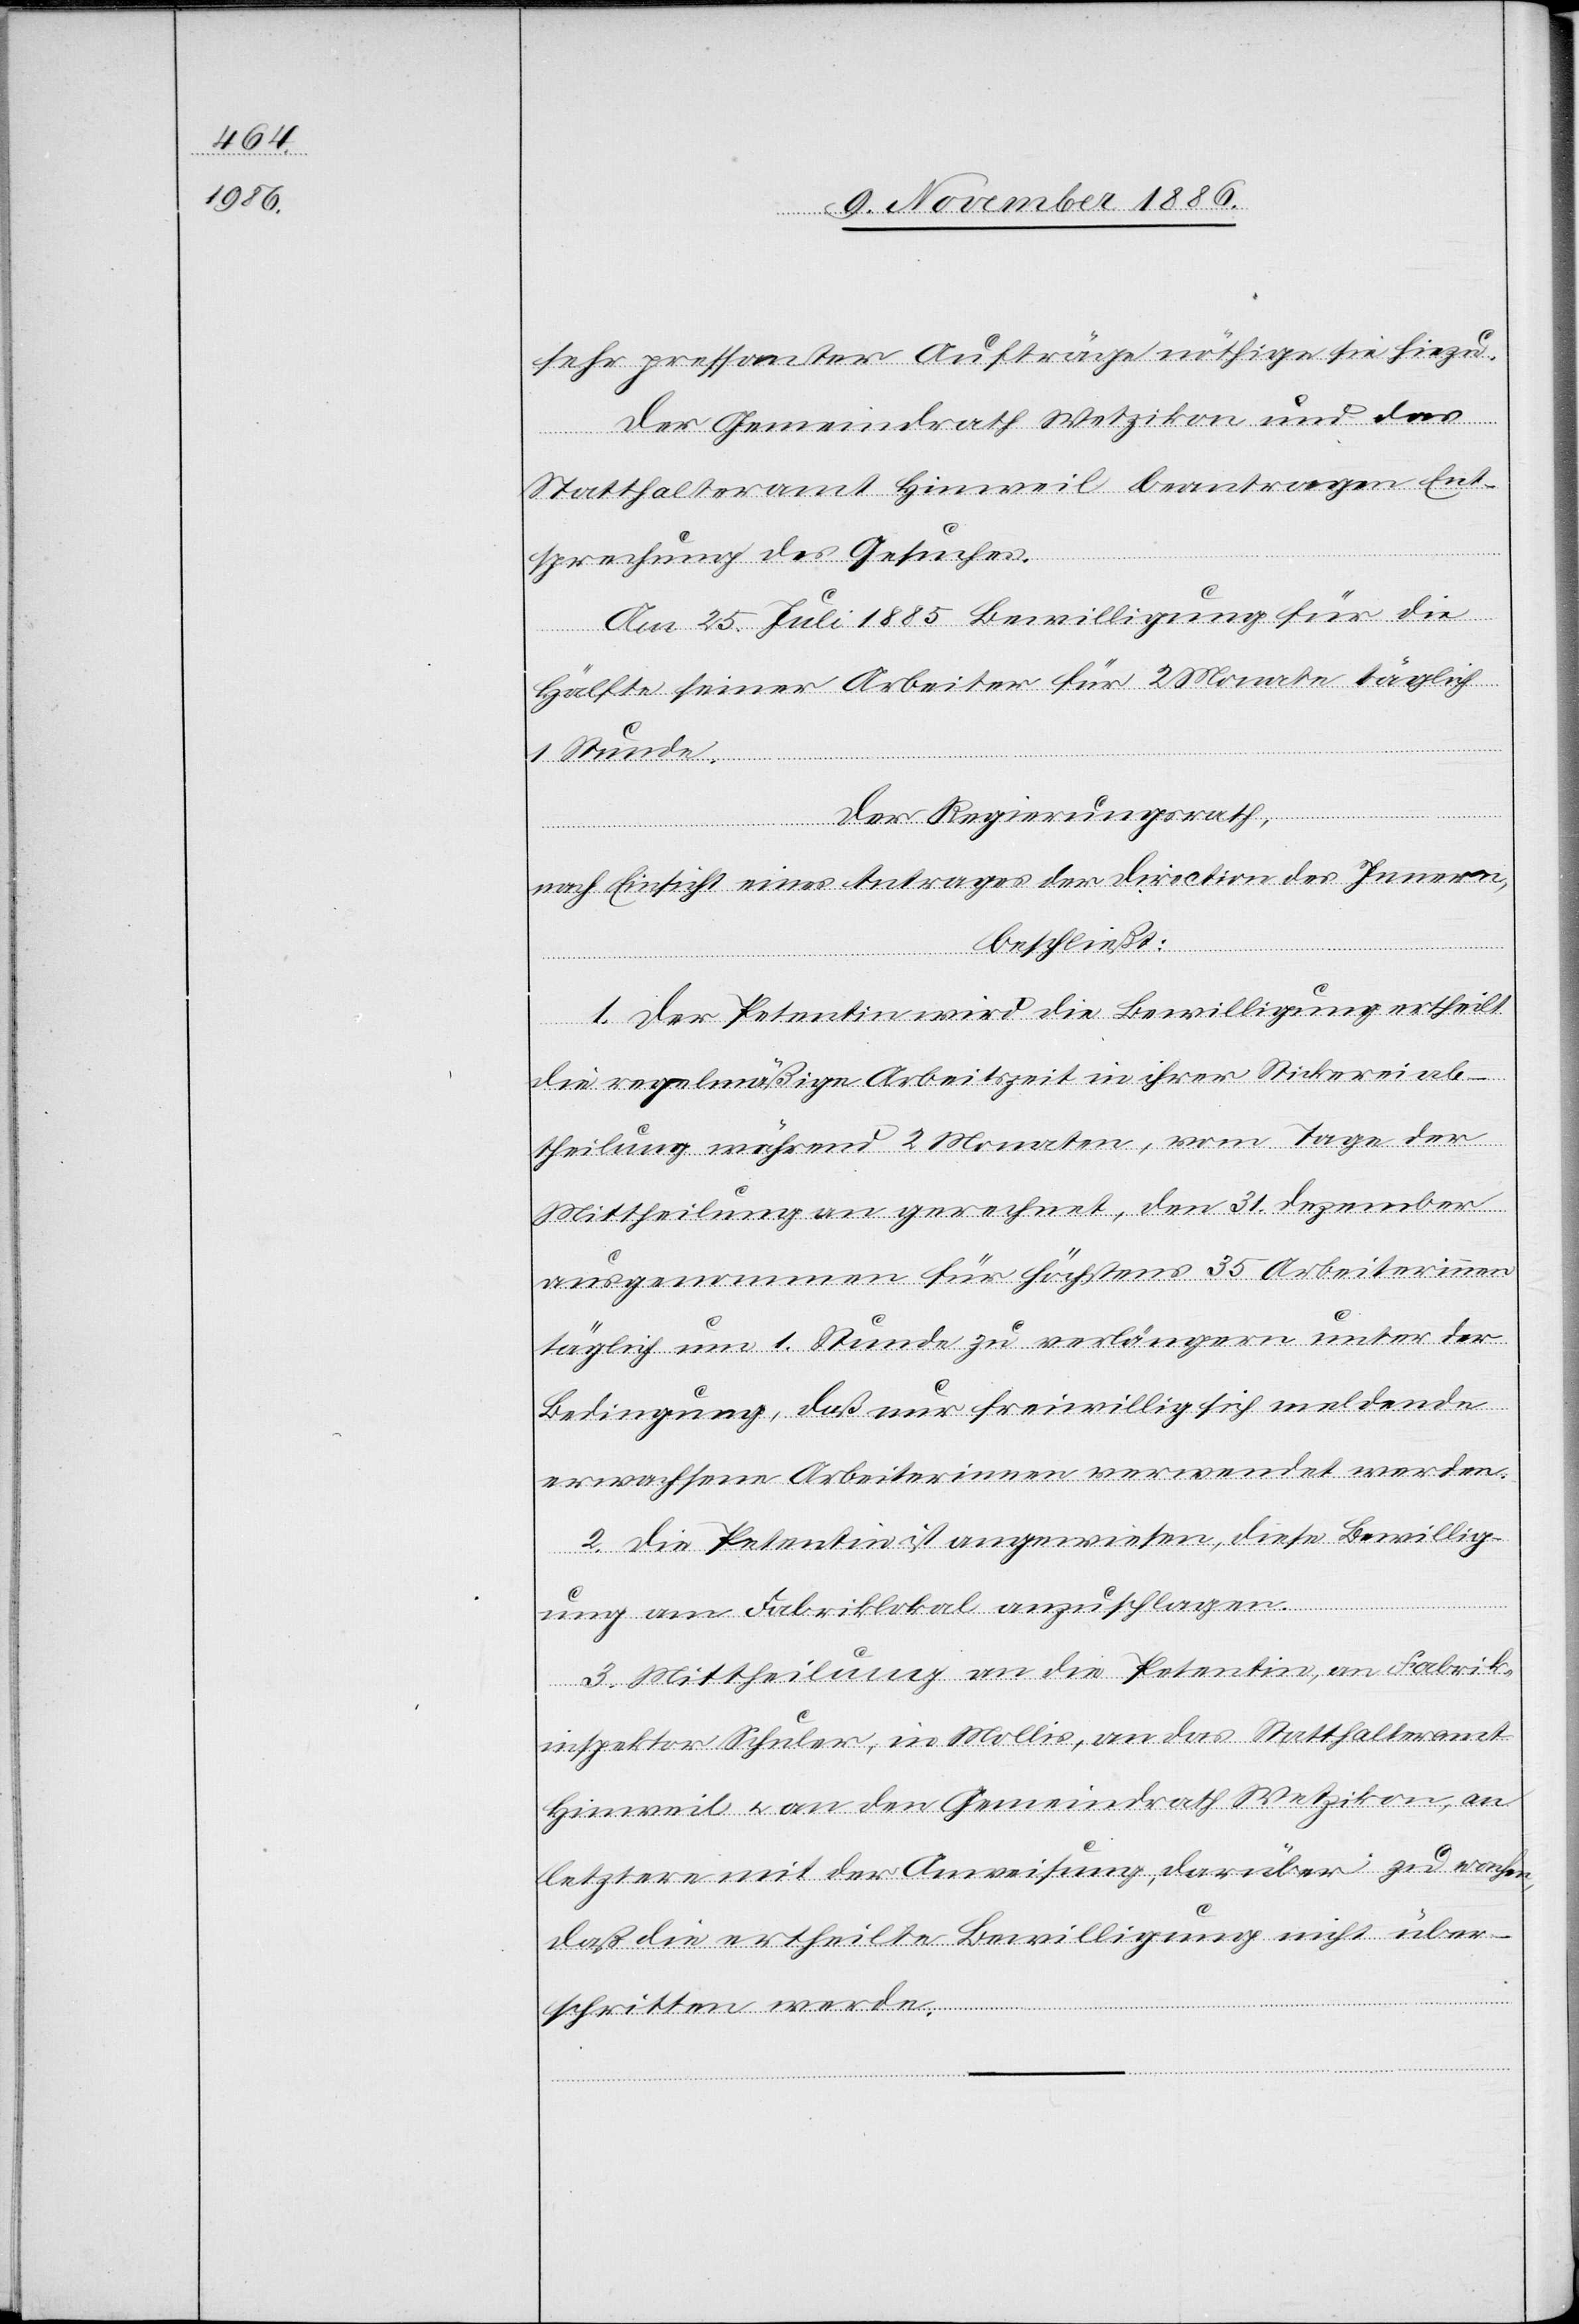
sehr pressanter Aufträge nöthige sie hiezu.
Der Gemeindrath Wetzikon und das
Statthalteramt Hinweil beantragen Ent¬
sprechung des Gesuches.
Am 25. Juli 1885 Bewilligung für die
Hälfte seiner Arbeiter für 2 Monate täglich
1 Stunde
Der Regierungsrath,
nach Einsicht eines Antrages der Direction des Innern,
beschließt:
I. Der Petentin wird die Bewilligung ertheilt
die regelmäßige Arbeitszeit in ihrer Stickereiab¬
theilung während 2 Monaten, vom Tage der
Mittheilung an gerechnet, den 31. Dezember
ausgenommen für höchstens 35 Arbeiterinnen
täglich um 1 Stunde zu verlängern unter der
Bedingung, daß nur freiwillig sich meldende
erwachsene Arbeiterinnen verwendet werden.
2. Die Petentin ist angewiesen, diese Bewillig¬
ung am Fabriklokal anzuschlagen.
3. Mittheilung an die Petentin, an Fabrik¬
inspektor Schuler, in Mollis, an das Statthalteramt
Hinweil & an den Gemeindrath Wetzikon, an
letztere mit der Anweisung, darüber zu wachen,
daß die ertheilte Bewilligung nicht über¬
schritten werde.